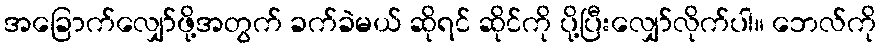
အခြောက်လျှော်ဖို့အတွက် ခက်ခဲမယ် ဆိုရင် ဆိုင်ကို ပို့ပြီးလျှော်လိုက်ပါ။ ဘေလ်ကို